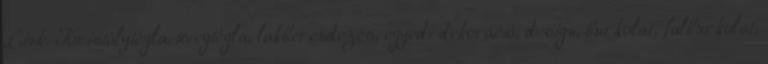
Link: Kristálytégla, üvegtégla, lakberendezés, egyedi dekoráció, design, burkolat, falburkolat,